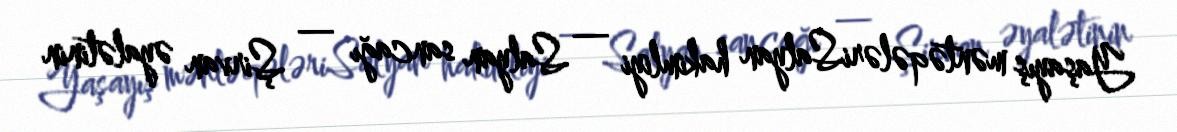
Yaşayış məntəqələriSalyan hakimliyi — Salyan sancağı — Şirvan əyalətinin